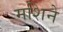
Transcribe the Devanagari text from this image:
मशिने